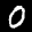
Label: 0